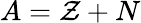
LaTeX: A=\mathcal{Z}+N